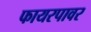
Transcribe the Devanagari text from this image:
फायरपावर